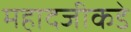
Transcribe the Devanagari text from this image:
महादजीकडे